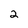
Character: 2